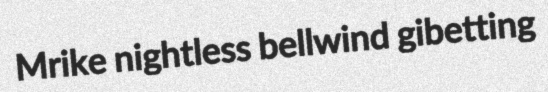
Mrike nightless bellwind gibetting